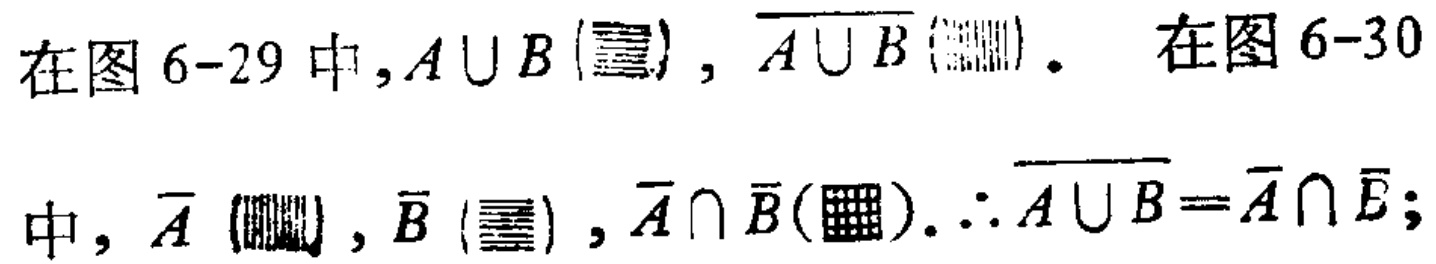
在图 6-29 中，$A\cup B(\text{阴影部分}),\overline{A\cup B}(\text{另一阴影部分})$. 在图 6-30 中，$\overline{A}(\text{阴影部分}),\overline{B}(\text{阴影部分}),\overline{A}\cap\overline{B}(\text{阴影部分}).\therefore\overline{A\cup B}=\overline{A}\cap\overline{B};$